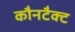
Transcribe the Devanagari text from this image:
कौनटैक्ट